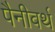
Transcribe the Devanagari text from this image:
पैनीवर्थ